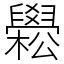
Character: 𦦵